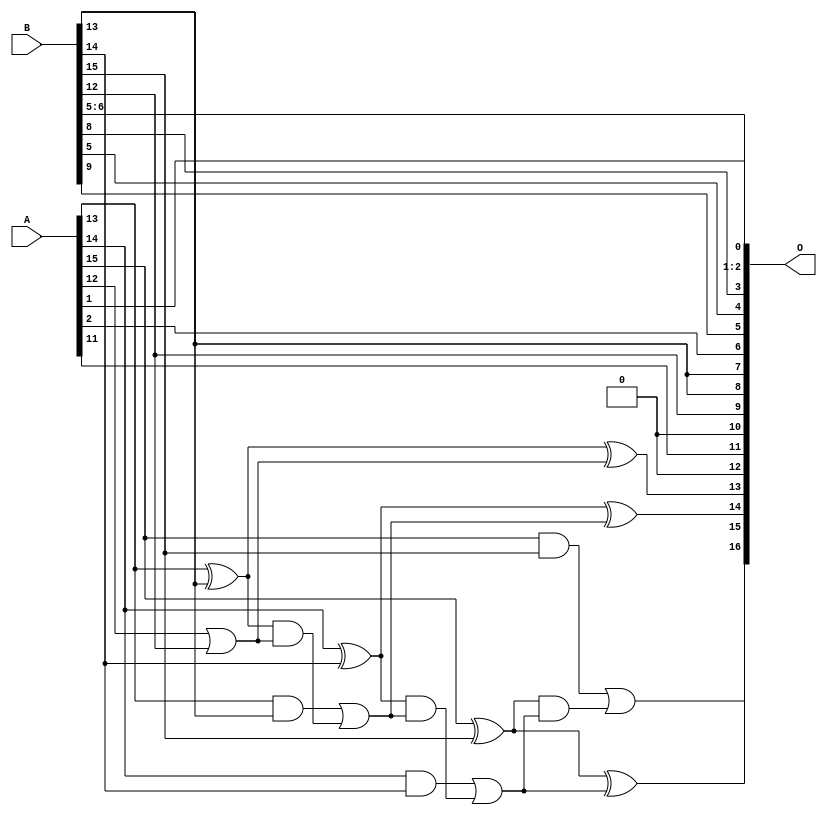
// This program was cloned from: https://github.com/ehw-fit/evoapproxlib
// License: MIT License

/***
* This code is a part of EvoApproxLib library (ehw.fit.vutbr.cz/approxlib) distributed under The MIT License.
* When used, please cite the following article(s):  
* This file contains a circuit from a sub-set of pareto optimal circuits with respect to the pwr and mre parameters
***/
// MAE% = 1.63 %
// MAE = 2134 
// WCE% = 4.63 %
// WCE = 6075 
// WCRE% = 1500.00 %
// EP% = 99.99 %
// MRE% = 4.52 %
// MSE = 62975.827e2 
// PDK45_PWR = 0.013 mW
// PDK45_AREA = 29.1 um2
// PDK45_DELAY = 0.30 ns


module add16u_0QG(A, B, O);
  input [15:0] A, B;
  output [16:0] O;
  wire sig_93, sig_94, sig_95, sig_96, sig_98, sig_99;
  wire sig_100, sig_101, sig_103, sig_104, sig_105, sig_106;
  assign O[11] = A[11];
  assign O[2] = B[6];
  assign O[12] = 1'b0;
  assign O[4] = B[5];
  assign O[10] = 1'b0;
  assign sig_93 = A[12] | B[12];
  assign sig_94 = A[13] ^ B[13];
  assign sig_95 = A[13] & B[13];
  assign sig_96 = sig_94 & sig_93;
  assign O[13] = sig_94 ^ sig_93;
  assign sig_98 = sig_95 | sig_96;
  assign sig_99 = A[14] ^ B[14];
  assign sig_100 = A[14] & B[14];
  assign sig_101 = sig_99 & sig_98;
  assign O[14] = sig_99 ^ sig_98;
  assign sig_103 = sig_100 | sig_101;
  assign sig_104 = A[15] ^ B[15];
  assign sig_105 = A[15] & B[15];
  assign sig_106 = sig_104 & sig_103;
  assign O[15] = sig_104 ^ sig_103;
  assign O[16] = sig_105 | sig_106;
  assign O[0] = A[1];
  assign O[1] = B[5];
  assign O[3] = B[8];
  assign O[5] = B[9];
  assign O[6] = A[2];
  assign O[7] = B[13];
  assign O[8] = B[13];
  assign O[9] = B[12];
endmodule